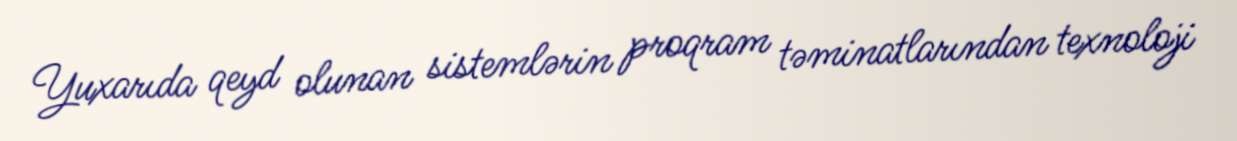
Yuxarıda qeyd olunan sistemlərin proqram təminatlarından texnoloji